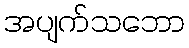
အပျက်သဘော